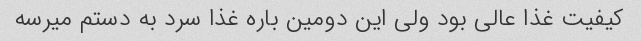
کیفیت غذا عالی بود ولی این دومین باره غذا سرد به دستم میرسه